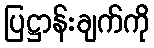
ပြဋ္ဌာန်းချက်ကို